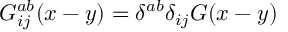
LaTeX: G _ { i j } ^ { a b } ( x - y ) = \delta ^ { a b } \delta _ { i j } G ( x - y )